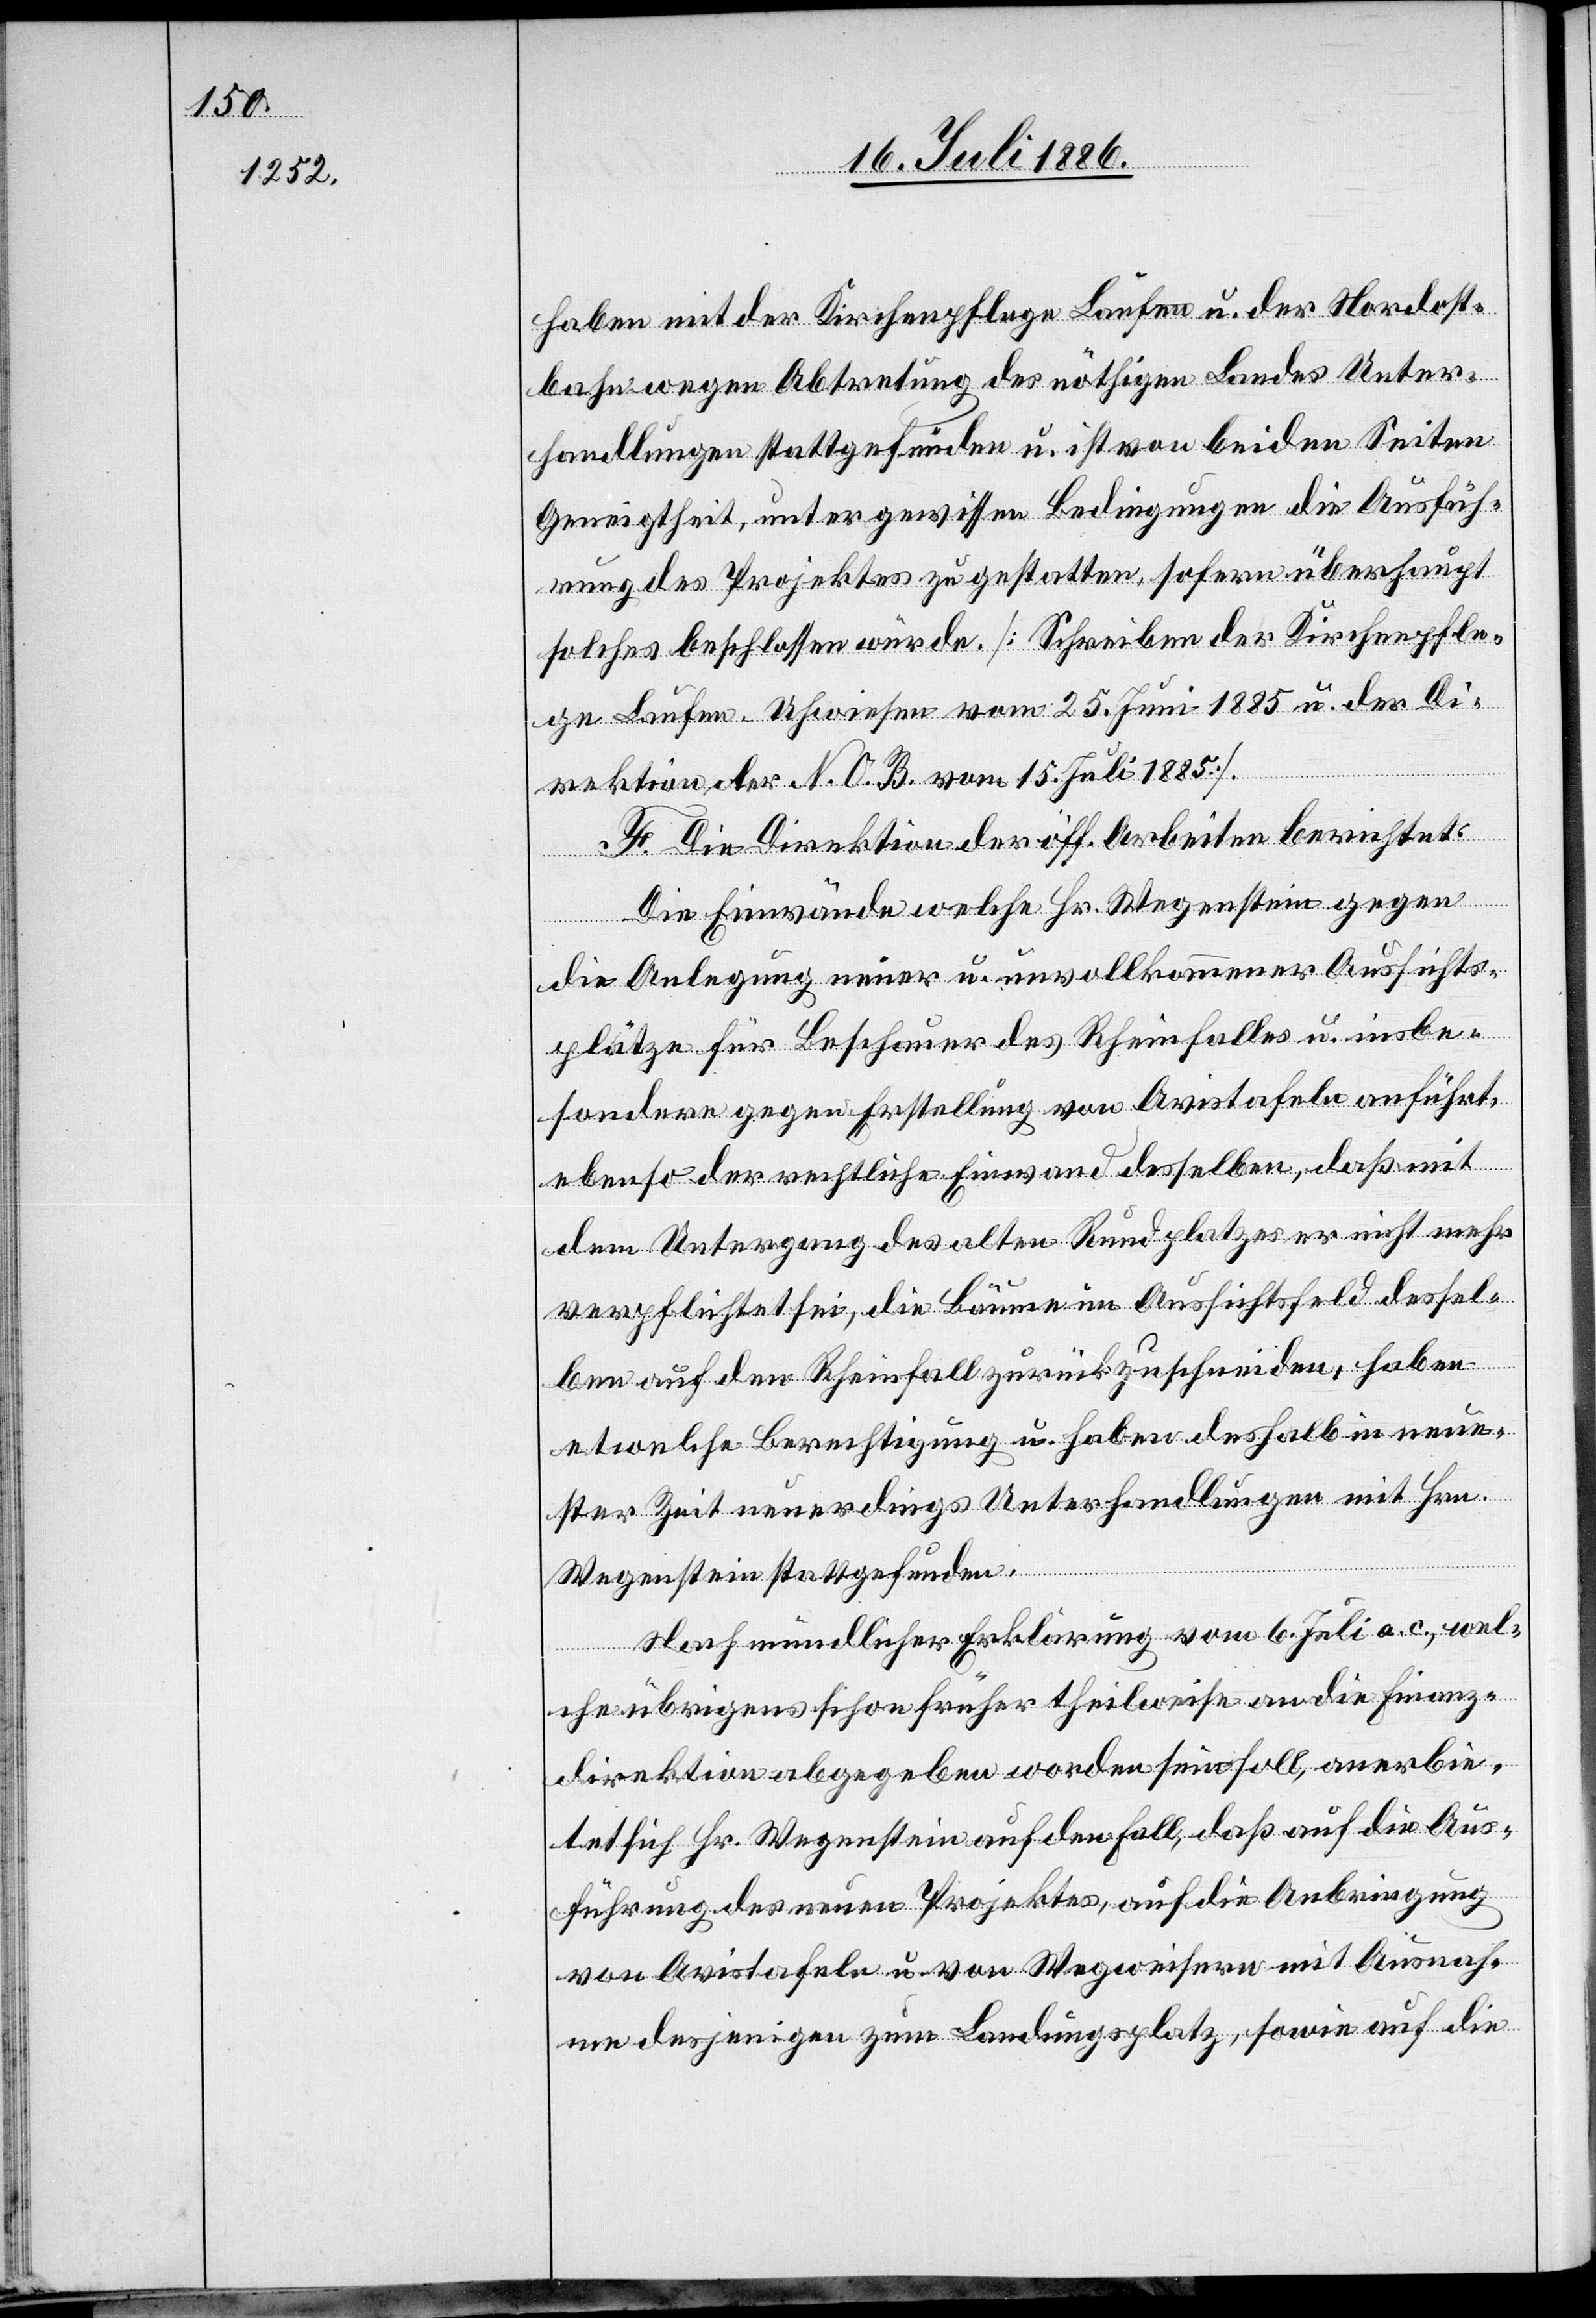
haben mit der Kirchenpflege Laufen u. der Nordost¬
bahn wegen Abtretung des nöthigen Landes Unter¬
handlungen stattgefunden u. ist von beiden Seiten
Geneigtheit, unter gewissen Bedingungen die Ausfüh¬
rung des Projektes zu gestatten, sofern überhaupt
solches beschlossen würde [Schreiben der Kirchenpfle¬
ge Laufen-Uhwiesen vom 25. Juni 1885 u. der Di¬
rektion der N. O. B. vom 15. Juli 1885].
F. Die Direktion der öff. Arbeiten berichtet:
Die Einwände welche Hr. Wegenstein gegen
die Anlegung neuer u. unvollkommener Aussichts¬
plätze für Beschauer des Rheinfalles u. insbe¬
sondere gegen Erstellung von Avistafeln anführt,
ebenso der rechtliche Einwand desselben, daß mit
dem Untergang des alten Rundplatzes er nicht mehr
verpflichtet sei, die Bäume im Aussichtsfeld dessel¬
ben auf den Rheinfall zurückzuschneiden, haben
etwelche Berechtigung u. haben deshalb in neue¬
ster Zeit neuerdings Unterhandlungen mit Hrn.
Wegenstein stattgefunden.
Nach mündlicher Erklärung vom 6. Juli a. c., wel¬
che übrigens schon früher theilweise an die Finanz¬
direktion abgegeben worden sein soll, anerbie¬
tet sich Hr. Wegenstein auf den Fall, daß auf die Aus¬
führung des neuen Projektes, auf die Anbringung
von Avistafeln u. von Wegweisern mit Ausnah¬
me desjenigen zum Landungsplatz, sowie auf die